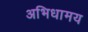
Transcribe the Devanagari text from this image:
अभिधामय